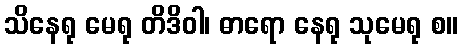
သိနေရု မေရု တိဒိဝါ၊ ဓာရော နေရု သုမေရု စ။